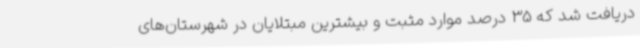
دریافت شد که 35 درصد موارد مثبت و بیشترین مبتلایان در شهرستان‌های